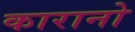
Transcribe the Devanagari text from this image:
कारानो